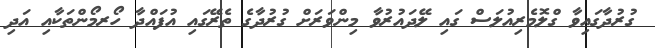
ގުރުދާގައިވާ ގްލޮމެރިއުލަސް ގައި ލޭދައުރުވާ މިންވަރަށް ގުރުދާގެ ތެރޭގައި އުފައްދާ ހޯރމޯންތަކާއި އަދި